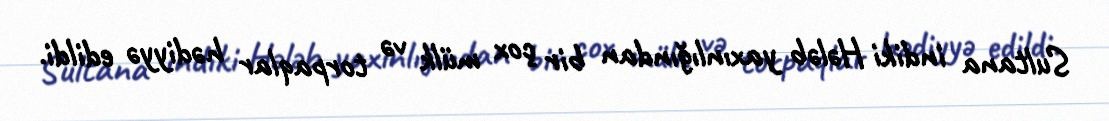
Sultana indiki Hələb yaxınlığından bir çox mülk və torpaqlar hədiyyə edildi.